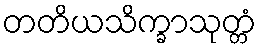
တတိယသိက္ခာသုတ္တံ